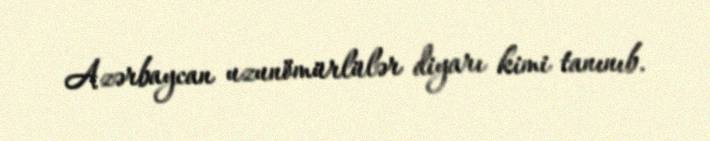
Azərbaycan uzunömürlülər diyarı kimi tanınıb.